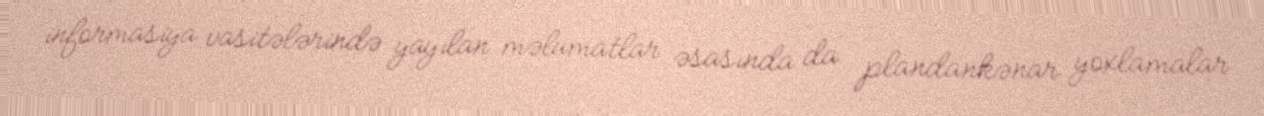
informasiya vasitələrində yayılan məlumatlar əsasında da plandankənar yoxlamalar